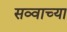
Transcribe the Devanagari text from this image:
सव्वाच्या